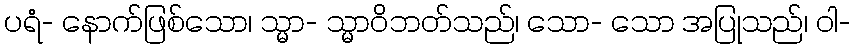
ပရံ- နောက်ဖြစ်သော၊ သ္မာ- သ္မာဝိဘတ်သည်၊ သော- သော အပြုသည်၊ ဝါ-